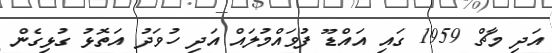
އަދި މާޗް 1959 ގައި އައްޑޫ ފުވައްމުލައް އަދި ހުވަދު އަތޮޅު ގުޅިގެން